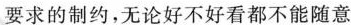
要求的制约，无论好不好看都不能随意